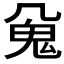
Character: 𱆖